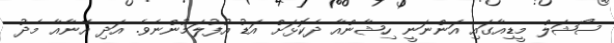
ސޯޝަލް މީޑިއާގައި އަންނަނީ ހިޝާންއާ ދެކޮޅަށް އަޑު އުފުލަމުންނެވެ. އަދި އޭނާއާ މެދު